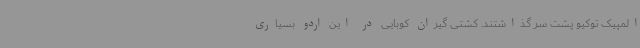
المپیک توکیو پشت سر گذاشتند. کشتی گیران کوبایی در این اردو بسیاری